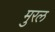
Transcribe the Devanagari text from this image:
मुरल